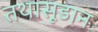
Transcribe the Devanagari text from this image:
तथासूडान